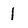
Character: 1